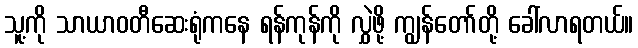
သူ့ကို သာယာဝတီဆေးရုံကနေ ရန်ကုန်ကို လွှဲဖို့ ကျွန်တော်တို့ ခေါ်လာရတယ်။